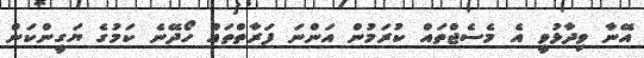
އޭނާ ވިދާޅުވީ އެ މެސެޖްތައް ކުރަމުން އަންނަ ފަރާތްތައް ހޯދޭނެ ކަމުގެ ޔަގީންކަން